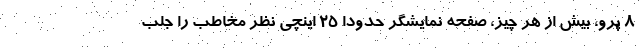
8 پرو، بیش از هر چیز، صفحه نمایشگر حدودا ۲۵ اینچی نظر مخاطب را جلب